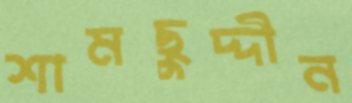
শামছুদ্দীন